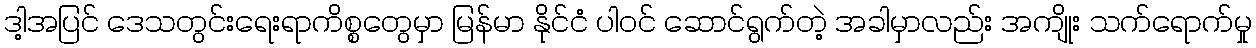
ဒါ့အပြင် ဒေသတွင်းရေးရာကိစ္စတွေမှာ မြန်မာ နိုင်ငံ ပါဝင် ဆောင်ရွက်တဲ့ အခါမှာလည်း အကျိုး သက်ရောက်မှု